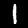
Digit: 1